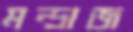
মন্দ্রাজ